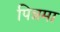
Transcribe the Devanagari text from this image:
पिन्नमा